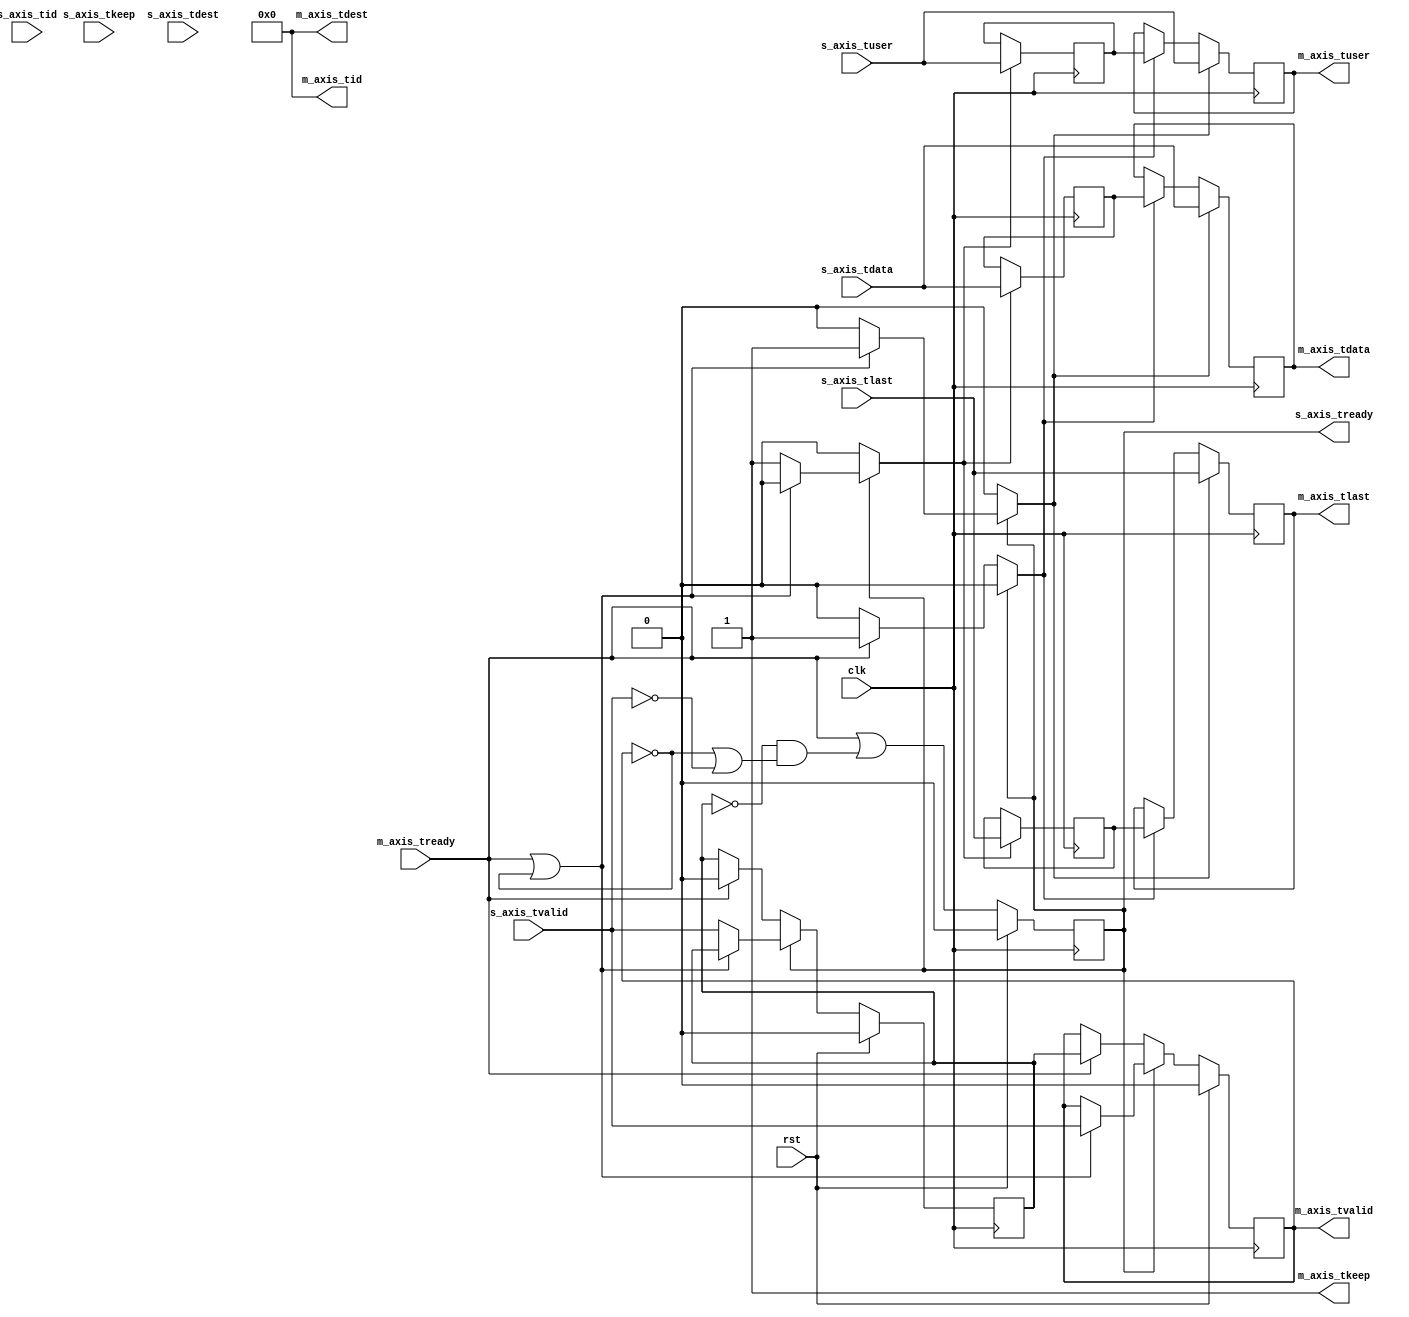
/*

Copyright (c) 2014-2018 Alex Forencich

Permission is hereby granted, free of charge, to any person obtaining a copy
of this software and associated documentation files (the "Software"), to deal
in the Software without restriction, including without limitation the rights
to use, copy, modify, merge, publish, distribute, sublicense, and/or sell
copies of the Software, and to permit persons to whom the Software is
furnished to do so, subject to the following conditions:

The above copyright notice and this permission notice shall be included in
all copies or substantial portions of the Software.

THE SOFTWARE IS PROVIDED "AS IS", WITHOUT WARRANTY OF ANY KIND, EXPRESS OR
IMPLIED, INCLUDING BUT NOT LIMITED TO THE WARRANTIES OF MERCHANTABILITY
FITNESS FOR A PARTICULAR PURPOSE AND NONINFRINGEMENT. IN NO EVENT SHALL THE
AUTHORS OR COPYRIGHT HOLDERS BE LIABLE FOR ANY CLAIM, DAMAGES OR OTHER
LIABILITY, WHETHER IN AN ACTION OF CONTRACT, TORT OR OTHERWISE, ARISING FROM,
OUT OF OR IN CONNECTION WITH THE SOFTWARE OR THE USE OR OTHER DEALINGS IN
THE SOFTWARE.

*/

// Language: Verilog 2001

`resetall
`timescale 1ns / 1ps
`default_nettype none

/*
 * AXI4-Stream register
 */
module axis_register #
(
    parameter DATA_WIDTH = 8,
    parameter KEEP_ENABLE = (DATA_WIDTH>8),
    parameter KEEP_WIDTH = (DATA_WIDTH/8),
    parameter LAST_ENABLE = 1,
    parameter ID_ENABLE = 0,
    parameter ID_WIDTH = 8,
    parameter DEST_ENABLE = 0,
    parameter DEST_WIDTH = 8,
    parameter USER_ENABLE = 1,
    parameter USER_WIDTH = 1,
    parameter REG_TYPE = 2
)
(
    input  wire                   clk,
    input  wire                   rst,

    /*
     * AXI Stream input
     */
    input  wire [DATA_WIDTH-1:0]  s_axis_tdata,
    input  wire [KEEP_WIDTH-1:0]  s_axis_tkeep,
    input  wire                   s_axis_tvalid,
    output wire                   s_axis_tready,
    input  wire                   s_axis_tlast,
    input  wire [ID_WIDTH-1:0]    s_axis_tid,
    input  wire [DEST_WIDTH-1:0]  s_axis_tdest,
    input  wire [USER_WIDTH-1:0]  s_axis_tuser,

    /*
     * AXI Stream output
     */
    output wire [DATA_WIDTH-1:0]  m_axis_tdata,
    output wire [KEEP_WIDTH-1:0]  m_axis_tkeep,
    output wire                   m_axis_tvalid,
    input  wire                   m_axis_tready,
    output wire                   m_axis_tlast,
    output wire [ID_WIDTH-1:0]    m_axis_tid,
    output wire [DEST_WIDTH-1:0]  m_axis_tdest,
    output wire [USER_WIDTH-1:0]  m_axis_tuser
);

generate

if (REG_TYPE > 1) begin
    // skid buffer, no bubble cycles

    // datapath registers
    reg                  s_axis_tready_reg = 1'b0;

    reg [DATA_WIDTH-1:0] m_axis_tdata_reg  = {DATA_WIDTH{1'b0}};
    reg [KEEP_WIDTH-1:0] m_axis_tkeep_reg  = {KEEP_WIDTH{1'b0}};
    reg                  m_axis_tvalid_reg = 1'b0, m_axis_tvalid_next;
    reg                  m_axis_tlast_reg  = 1'b0;
    reg [ID_WIDTH-1:0]   m_axis_tid_reg    = {ID_WIDTH{1'b0}};
    reg [DEST_WIDTH-1:0] m_axis_tdest_reg  = {DEST_WIDTH{1'b0}};
    reg [USER_WIDTH-1:0] m_axis_tuser_reg  = {USER_WIDTH{1'b0}};

    reg [DATA_WIDTH-1:0] temp_m_axis_tdata_reg  = {DATA_WIDTH{1'b0}};
    reg [KEEP_WIDTH-1:0] temp_m_axis_tkeep_reg  = {KEEP_WIDTH{1'b0}};
    reg                  temp_m_axis_tvalid_reg = 1'b0, temp_m_axis_tvalid_next;
    reg                  temp_m_axis_tlast_reg  = 1'b0;
    reg [ID_WIDTH-1:0]   temp_m_axis_tid_reg    = {ID_WIDTH{1'b0}};
    reg [DEST_WIDTH-1:0] temp_m_axis_tdest_reg  = {DEST_WIDTH{1'b0}};
    reg [USER_WIDTH-1:0] temp_m_axis_tuser_reg  = {USER_WIDTH{1'b0}};

    // datapath control
    reg store_axis_input_to_output;
    reg store_axis_input_to_temp;
    reg store_axis_temp_to_output;

    assign s_axis_tready = s_axis_tready_reg;

    assign m_axis_tdata  = m_axis_tdata_reg;
    assign m_axis_tkeep  = KEEP_ENABLE ? m_axis_tkeep_reg : {KEEP_WIDTH{1'b1}};
    assign m_axis_tvalid = m_axis_tvalid_reg;
    assign m_axis_tlast  = LAST_ENABLE ? m_axis_tlast_reg : 1'b1;
    assign m_axis_tid    = ID_ENABLE   ? m_axis_tid_reg   : {ID_WIDTH{1'b0}};
    assign m_axis_tdest  = DEST_ENABLE ? m_axis_tdest_reg : {DEST_WIDTH{1'b0}};
    assign m_axis_tuser  = USER_ENABLE ? m_axis_tuser_reg : {USER_WIDTH{1'b0}};

    // enable ready input next cycle if output is ready or the temp reg will not be filled on the next cycle (output reg empty or no input)
    wire s_axis_tready_early = m_axis_tready || (!temp_m_axis_tvalid_reg && (!m_axis_tvalid_reg || !s_axis_tvalid));

    always @* begin
        // transfer sink ready state to source
        m_axis_tvalid_next = m_axis_tvalid_reg;
        temp_m_axis_tvalid_next = temp_m_axis_tvalid_reg;

        store_axis_input_to_output = 1'b0;
        store_axis_input_to_temp = 1'b0;
        store_axis_temp_to_output = 1'b0;

        if (s_axis_tready_reg) begin
            // input is ready
            if (m_axis_tready || !m_axis_tvalid_reg) begin
                // output is ready or currently not valid, transfer data to output
                m_axis_tvalid_next = s_axis_tvalid;
                store_axis_input_to_output = 1'b1;
            end else begin
                // output is not ready, store input in temp
                temp_m_axis_tvalid_next = s_axis_tvalid;
                store_axis_input_to_temp = 1'b1;
            end
        end else if (m_axis_tready) begin
            // input is not ready, but output is ready
            m_axis_tvalid_next = temp_m_axis_tvalid_reg;
            temp_m_axis_tvalid_next = 1'b0;
            store_axis_temp_to_output = 1'b1;
        end
    end

    always @(posedge clk) begin
        if (rst) begin
            s_axis_tready_reg <= 1'b0;
            m_axis_tvalid_reg <= 1'b0;
            temp_m_axis_tvalid_reg <= 1'b0;
        end else begin
            s_axis_tready_reg <= s_axis_tready_early;
            m_axis_tvalid_reg <= m_axis_tvalid_next;
            temp_m_axis_tvalid_reg <= temp_m_axis_tvalid_next;
        end

        // datapath
        if (store_axis_input_to_output) begin
            m_axis_tdata_reg <= s_axis_tdata;
            m_axis_tkeep_reg <= s_axis_tkeep;
            m_axis_tlast_reg <= s_axis_tlast;
            m_axis_tid_reg   <= s_axis_tid;
            m_axis_tdest_reg <= s_axis_tdest;
            m_axis_tuser_reg <= s_axis_tuser;
        end else if (store_axis_temp_to_output) begin
            m_axis_tdata_reg <= temp_m_axis_tdata_reg;
            m_axis_tkeep_reg <= temp_m_axis_tkeep_reg;
            m_axis_tlast_reg <= temp_m_axis_tlast_reg;
            m_axis_tid_reg   <= temp_m_axis_tid_reg;
            m_axis_tdest_reg <= temp_m_axis_tdest_reg;
            m_axis_tuser_reg <= temp_m_axis_tuser_reg;
        end

        if (store_axis_input_to_temp) begin
            temp_m_axis_tdata_reg <= s_axis_tdata;
            temp_m_axis_tkeep_reg <= s_axis_tkeep;
            temp_m_axis_tlast_reg <= s_axis_tlast;
            temp_m_axis_tid_reg   <= s_axis_tid;
            temp_m_axis_tdest_reg <= s_axis_tdest;
            temp_m_axis_tuser_reg <= s_axis_tuser;
        end
    end

end else if (REG_TYPE == 1) begin
    // simple register, inserts bubble cycles

    // datapath registers
    reg                  s_axis_tready_reg = 1'b0;

    reg [DATA_WIDTH-1:0] m_axis_tdata_reg  = {DATA_WIDTH{1'b0}};
    reg [KEEP_WIDTH-1:0] m_axis_tkeep_reg  = {KEEP_WIDTH{1'b0}};
    reg                  m_axis_tvalid_reg = 1'b0, m_axis_tvalid_next;
    reg                  m_axis_tlast_reg  = 1'b0;
    reg [ID_WIDTH-1:0]   m_axis_tid_reg    = {ID_WIDTH{1'b0}};
    reg [DEST_WIDTH-1:0] m_axis_tdest_reg  = {DEST_WIDTH{1'b0}};
    reg [USER_WIDTH-1:0] m_axis_tuser_reg  = {USER_WIDTH{1'b0}};

    // datapath control
    reg store_axis_input_to_output;

    assign s_axis_tready = s_axis_tready_reg;

    assign m_axis_tdata  = m_axis_tdata_reg;
    assign m_axis_tkeep  = KEEP_ENABLE ? m_axis_tkeep_reg : {KEEP_WIDTH{1'b1}};
    assign m_axis_tvalid = m_axis_tvalid_reg;
    assign m_axis_tlast  = LAST_ENABLE ? m_axis_tlast_reg : 1'b1;
    assign m_axis_tid    = ID_ENABLE   ? m_axis_tid_reg   : {ID_WIDTH{1'b0}};
    assign m_axis_tdest  = DEST_ENABLE ? m_axis_tdest_reg : {DEST_WIDTH{1'b0}};
    assign m_axis_tuser  = USER_ENABLE ? m_axis_tuser_reg : {USER_WIDTH{1'b0}};

    // enable ready input next cycle if output buffer will be empty
    wire s_axis_tready_early = !m_axis_tvalid_next;

    always @* begin
        // transfer sink ready state to source
        m_axis_tvalid_next = m_axis_tvalid_reg;

        store_axis_input_to_output = 1'b0;

        if (s_axis_tready_reg) begin
            m_axis_tvalid_next = s_axis_tvalid;
            store_axis_input_to_output = 1'b1;
        end else if (m_axis_tready) begin
            m_axis_tvalid_next = 1'b0;
        end
    end

    always @(posedge clk) begin
        if (rst) begin
            s_axis_tready_reg <= 1'b0;
            m_axis_tvalid_reg <= 1'b0;
        end else begin
            s_axis_tready_reg <= s_axis_tready_early;
            m_axis_tvalid_reg <= m_axis_tvalid_next;
        end

        // datapath
        if (store_axis_input_to_output) begin
            m_axis_tdata_reg <= s_axis_tdata;
            m_axis_tkeep_reg <= s_axis_tkeep;
            m_axis_tlast_reg <= s_axis_tlast;
            m_axis_tid_reg   <= s_axis_tid;
            m_axis_tdest_reg <= s_axis_tdest;
            m_axis_tuser_reg <= s_axis_tuser;
        end
    end

end else begin
    // bypass

    assign m_axis_tdata  = s_axis_tdata;
    assign m_axis_tkeep  = KEEP_ENABLE ? s_axis_tkeep : {KEEP_WIDTH{1'b1}};
    assign m_axis_tvalid = s_axis_tvalid;
    assign m_axis_tlast  = LAST_ENABLE ? s_axis_tlast : 1'b1;
    assign m_axis_tid    = ID_ENABLE   ? s_axis_tid   : {ID_WIDTH{1'b0}};
    assign m_axis_tdest  = DEST_ENABLE ? s_axis_tdest : {DEST_WIDTH{1'b0}};
    assign m_axis_tuser  = USER_ENABLE ? s_axis_tuser : {USER_WIDTH{1'b0}};

    assign s_axis_tready = m_axis_tready;

end

endgenerate

endmodule

`resetall